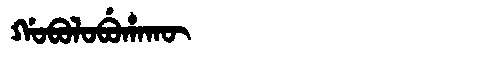
Manchu: ᡤᠣᠪᠣᠯᠣᠪᡠᡥᠠᡴᡡ
Romanization: GOBOLOBUHAKŪ